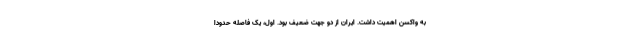
به واکسن اهمیت داشت. ایران از دو جهت ضعیف بود. اول، یک فاصله حدوداً